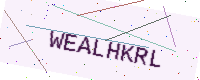
Text: WEALHKRL